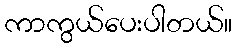
ကာကွယ်ပေးပါတယ်။